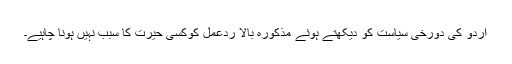
اُردو کی دورُخی سیاست کو دیکھتے ہوئے مذکورہ بالا ردّعمل کوکسی حیرت کا سبب نہیں ہونا چاہیے۔